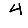
Digit: 4